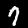
Digit: 7